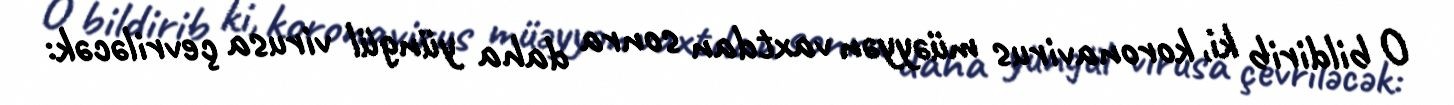
O bildirib ki, koronavirus müəyyən vaxtdan sonra daha yüngül virusa çevriləcək: